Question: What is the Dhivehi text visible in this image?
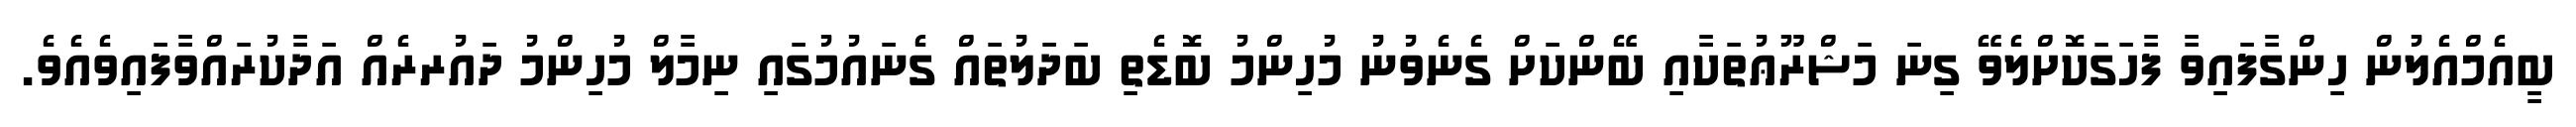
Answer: ބީއެމްއެލުން ހިންގާފައިވާ ފާހަގަކޮށްލެވޭ ގިނަ މަޝްރޫޢުތަކާއި ބޭންކަށް ގެނެވުނު މުހިންމު ބޮޑެތި ބަދަލުތައް ގެނައުމުގައި ނިމާލް މުހިންމު ދައުރރެއް އަދާކުރައްވާފައިވެއެވެ.